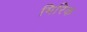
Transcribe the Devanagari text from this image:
मिरिक